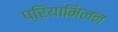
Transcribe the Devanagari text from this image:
प्रियामिलन